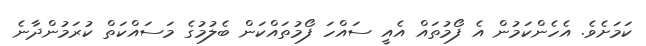
ކަމަށެވެ. އެހެންކަމުން އެ ފޯމުތައް އެއީ ސައްހަ ފޯމުތައްކަން ބެލުމުގެ މަސައްކަތް ކުރަމުންދާނެ